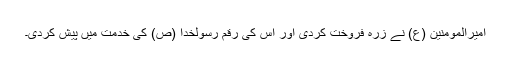
امیرالمومنین (ع) نے زرہ فروخت کردی اور اس کی رقم رسولخدا (ص) کی خدمت میں پیش کردی۔